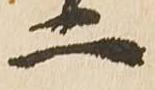
二